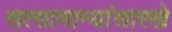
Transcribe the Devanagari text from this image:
सत्सामान्यांसारखे